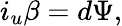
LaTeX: i_{u}\beta=d\Psi,